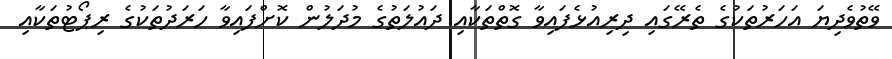
ވޭތުވެދިޔަ އަހަރުތަކުގެ ތެރޭގައި ދިރިއުޅެފައިވާ ގޮތްތަކާއި ދައުލަތުގެ މުދަލުން ކޮށްފައިވާ ހަރަދުތަކުގެ ރިޕޯޓުތަކާއި